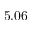
5 . 0 6